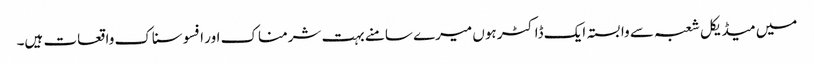
میں میڈیکل شعبہ سے وابستہ ایک ڈاکٹر ہوں میرے سامنے بہت شرمناک اور افسوسناک واقعات ہیں۔